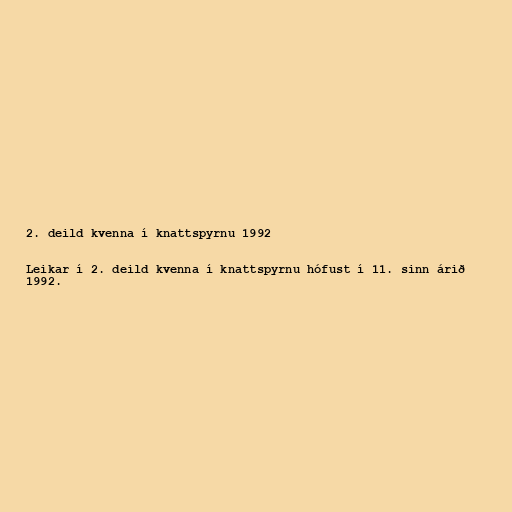
2. deild kvenna í knattspyrnu 1992

Leikar í 2. deild kvenna í knattspyrnu hófust í 11. sinn árið
1992.